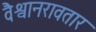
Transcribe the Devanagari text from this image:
वैश्वानरावतार